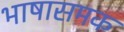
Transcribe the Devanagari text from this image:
भाषासमक